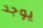
يوجد